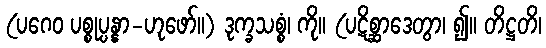
(ပဂေဝ ပစ္စုပ္ပန္နာ-ဟုဖော်။) ဒုက္ခသစ္စံ၊ ကို။ (ပဋိစ္ဆာဒေတွာ၊ ၍။ တိဋ္ဌတိ၊